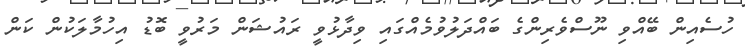
ހުސެއިން ބޭއްވި ނޫސްވެރިންގެ ބައްދަލުވުމެއްގައި ވިދާޅުވީ ރައުޝަން މަރުވީ ބޮޑު އިހުމާލަކުން ކަން